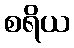
စရိယ